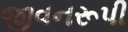
જીવનરૂપી